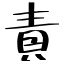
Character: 責